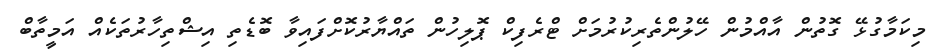
މިކަމާގުޅޭ ގޮތުން އާއްމުން ހޭލުންތެރިކުރުމަށް ޓްރެފިކް ޕޮލިހުން ތައްޔާރުކޮށްފައިވާ ބޮޑެތި އިޝްތިހާރުތަކެއް އަމީތާބް